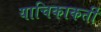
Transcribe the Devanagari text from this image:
याचिकाकर्ती